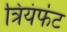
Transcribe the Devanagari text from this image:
त्रियंफंट